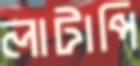
লাটাপি